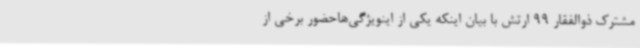
مشترک ذوالفقار 99 ارتش با بیان اینکه یکی از اینویژگی‌هاحضور برخی از